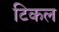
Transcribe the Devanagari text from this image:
टिकल